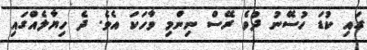
ގައި ކުޑަ ހުސޭނު ދުވެ ރޭސް ނިންމި ވާހަކަ އެވެ. ދެ ހިޔާލެއްގައި